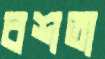
বশতা